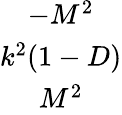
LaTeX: \begin{array}{c}{{-M^{2}}}\\ {{k^{2}(1-D)}}\\ {{M^{2}}}\end{array}